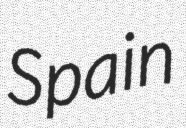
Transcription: Spain